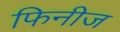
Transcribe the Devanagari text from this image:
फिनीज